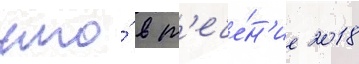
что́ в т'ече́н'ие 2018